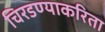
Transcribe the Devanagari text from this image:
चिरडण्याकरिता